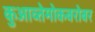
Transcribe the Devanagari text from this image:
कुआव्तेमोकबरोबर